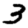
Digit: 3